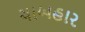
ચાબહાર